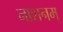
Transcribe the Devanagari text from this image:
नाशनम्‌